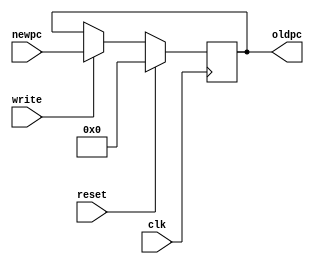
module pc(input clk,
    input reset,
    input write,
    input [63:0]newpc,
    output reg[63:0] oldpc);
    parameter delay_t=5;


always@(posedge clk)
    begin
        if(reset)
            #delay_t
            begin
                oldpc <= 0;
            end
        else if(write)
            #delay_t
            begin
                oldpc = newpc;
            end  
     end           
    endmodule